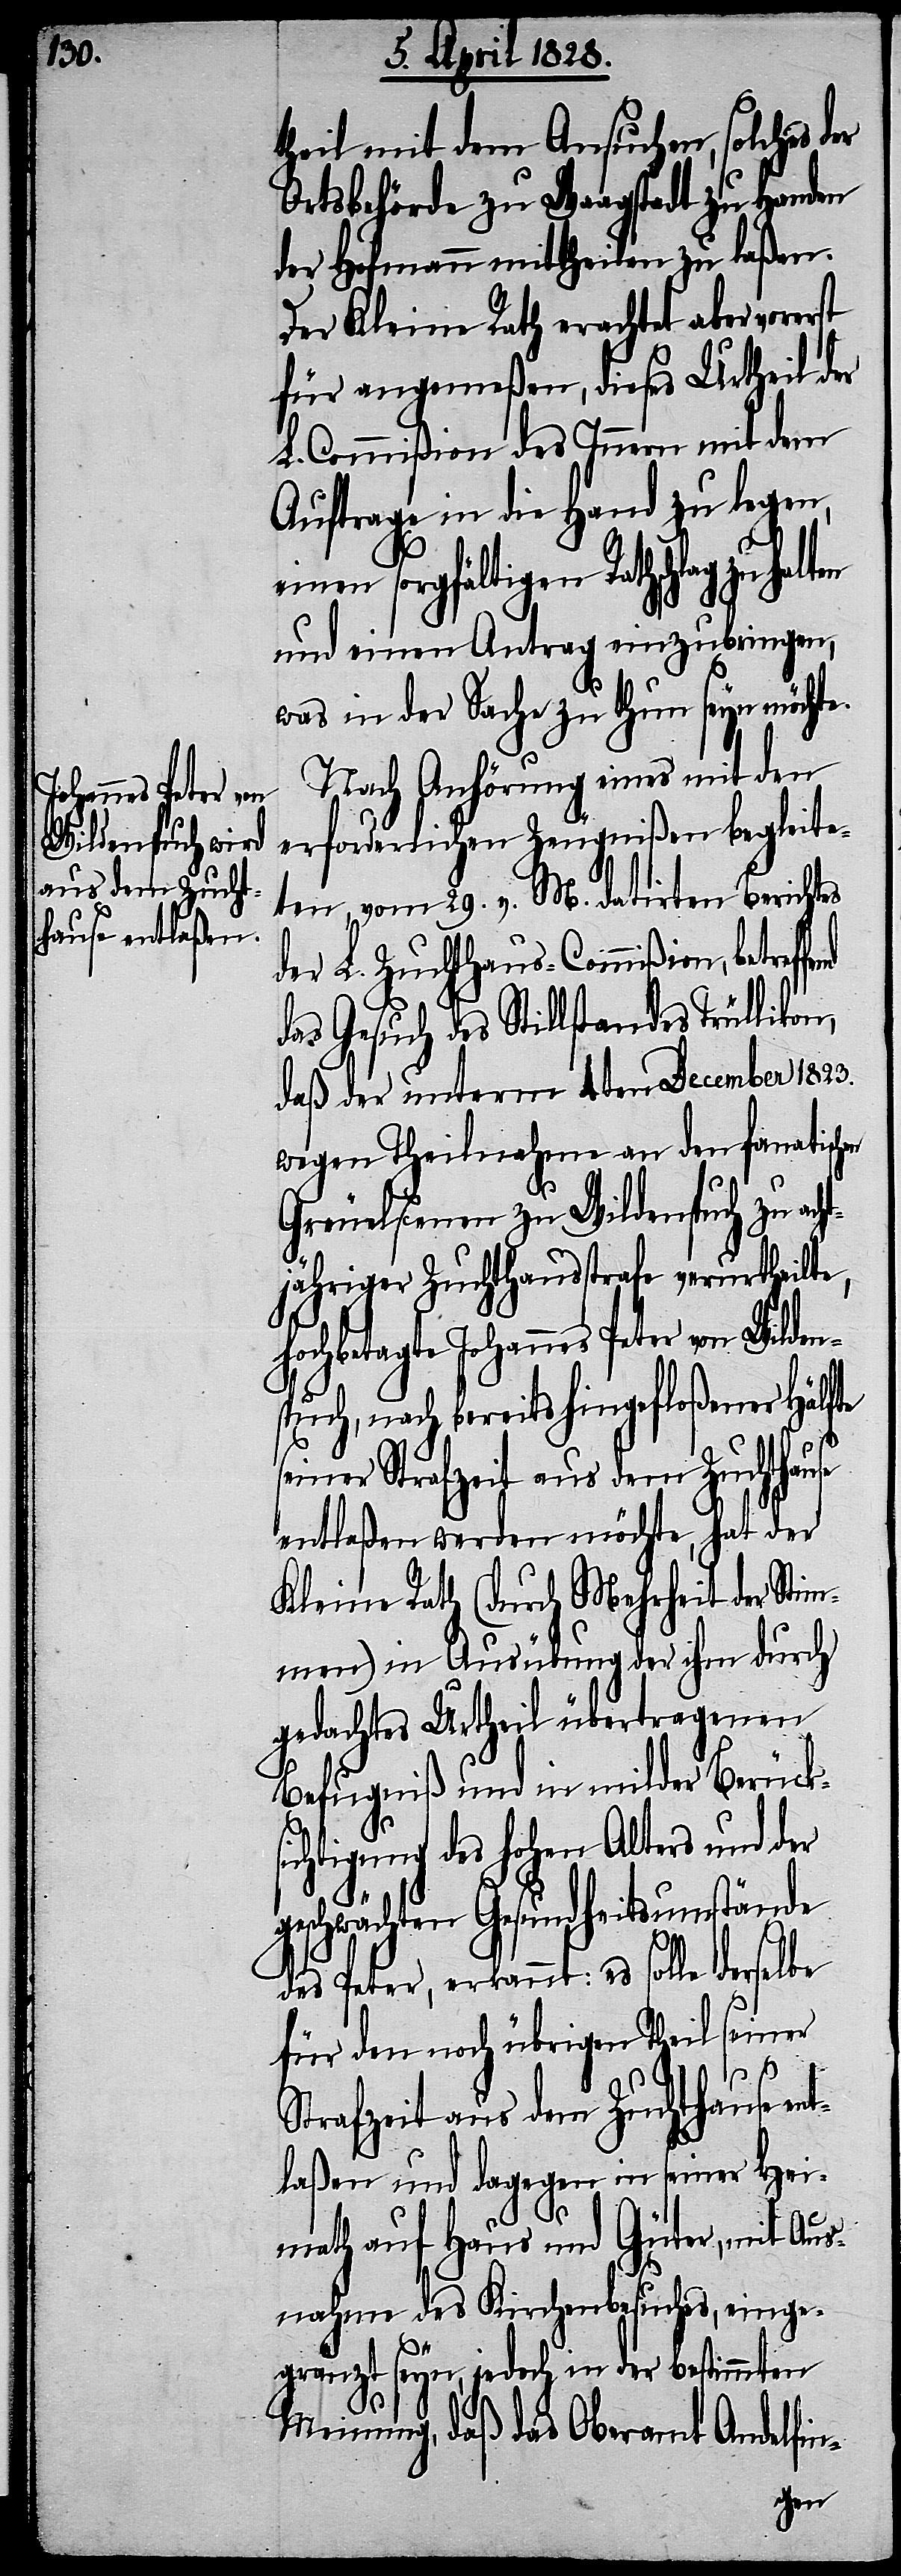
theil mit dem Ansuchen, solches der
Ortsbehörde zu Waagstadt zu Handen
der Hofmann mittheilen zu laßen.
Der Kleine Rath erachtet aber vorerst
für angemeßen, dieses Urtheil der
L. Commißion des Innern mit dem
Auftrage in die Hand zu legen,
einen sorgfältigen Rathschlag
und einen Antrag einzubringen,
was in der Sache zu thun seyn möchte.
Nach Anhörung eines mit den
erforderlichen Zeugnißen begleite¬
ten, vom 29. v. M. datirten Berichtes
der L. Zuchthaus-Commißion, betref¬
das Gesuch des Stillstandes Trüllikon,
daß der unterm 4ten December 1823.
wegen Theilnahme an den fanatisch¬
Greuelscenen zu Wildenspuch zu ach¬
tjähriger Zuchthausstrafe verurtheilte,
hochbetagte Johannes Peter von
spuch, nach bereits hingefloßener Hälfte
seiner Strafzeit aus dem Zuchthause
entlaßen werden möchte, hat der
Kleine Rath (durch Mehrheit der Stim¬
men) in Ausübung der ihm durch
gedachtes Urtheil übertragenen
Befugniß und in milder Berücks¬
ichtigung des hohen Alters und der
schwächten Gesundheitsumstände
des Peter, erkannt: es solle derselbe
für den noch übrigen Theil seiner
Strafzeit aus dem Zuchthause ent¬
laßen und dagegen in seiner Hei¬
math auf Haus und Güter, mit Aus¬
nahme des Kirchenbesuchs, einge¬
gränzt seyn, jedoch in der bestimmten
Meinung, daß das Oberamt Andelfin
ge¬